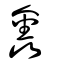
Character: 鑫